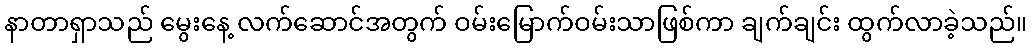
နာတာရှာသည် မွေးနေ့ လက်ဆောင်အတွက် ဝမ်းမြောက်ဝမ်းသာဖြစ်ကာ ချက်ချင်း ထွက်လာခဲ့သည်။